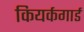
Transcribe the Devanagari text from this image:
कियर्कगार्ड